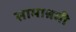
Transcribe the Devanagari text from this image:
सामाश्रमी